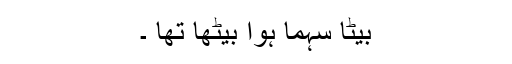
بیٹا سہما ہوا بیٹھا تھا ۔